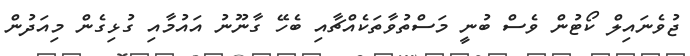
ޖުވެނައިލް ކޯޓުން ވެސް ބުނީ މަސްތުވާތަކެއްޗާއި ބެހޭ ގާނޫނު އައުމާއި ގުޅިގެން މިއަދުން